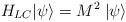
LaTeX: \begin{align*}H_{LC} |\psi \rangle = M^2 \; |\psi \rangle\end{align*}